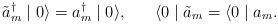
LaTeX: \begin{align*}\tilde{a}^{\dagger}_{m} \mid 0 \rangle = a^{\dagger}_{m} \mid 0 \rangle, \;\;\;\;\;\; \langle 0 \mid \tilde{a}_{m} = \langle 0 \mid a_{m} . \end{align*}